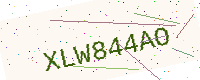
Text: XLW844AO